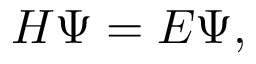
H \Psi = E \Psi ,